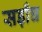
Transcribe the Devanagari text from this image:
सड़ाँघ